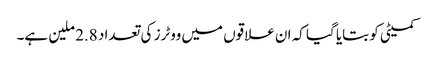
کمیٹی کو بتایا گیا کہ ان علاقوں میں ووٹرز کی تعداد 2.8 ملین ہے۔